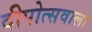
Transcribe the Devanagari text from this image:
दीपोत्सवाला